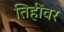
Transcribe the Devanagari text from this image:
तिहींवर